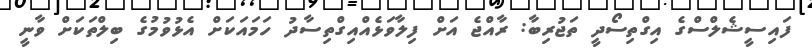
ފައިސީޝެލްސްގެ އިގްތިސޯދީ ތަޖުރިބާ: ރާއްޖެ އަށް ފިލާވަޅެއްއިގްތިސާދު ހަމައަކަށް އެޅުވުމުގެ ބިލްތަކަށް ވާނީ